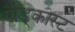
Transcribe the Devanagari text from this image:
पौड्कास्ट